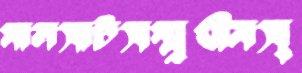
মালসাটসম্মুখীনস্